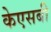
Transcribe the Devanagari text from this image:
केएसबी